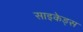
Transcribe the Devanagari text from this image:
साइकेड्स